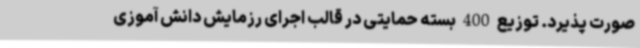
صورت پذیرد. توزیع 400 بسته حمایتی در قالب اجرای رزمایش دانش آموزی